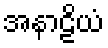
အနာဠိယံ